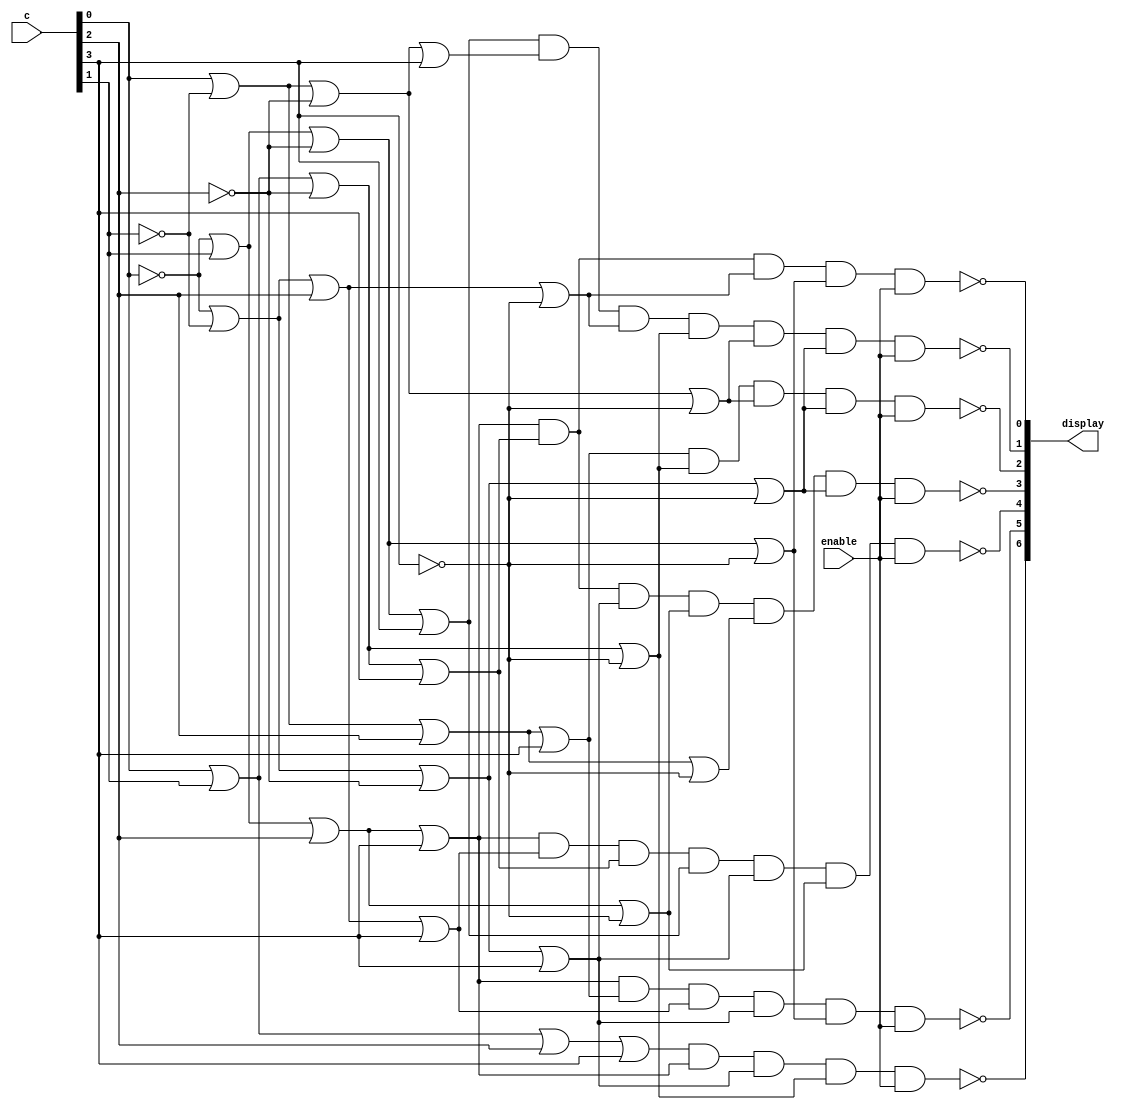
module hex_decoder(c, enable, display);
    input [3:0] c;
	 input enable;
    output [6:0] display;

    assign display[0] = ~( 
          (~c[0] |  c[1] |  c[2] |  c[3])
	& ( c[0] |  c[1] | ~c[2] |  c[3])
	& (~c[0] | ~c[1] |  c[2] | ~c[3])
	& (~c[0] |  c[1] | ~c[2] | ~c[3])
         & enable);

    assign display[1] = ~(
          (~c[0] |  c[1] | ~c[2] |  c[3])
	& ( c[0] | ~c[1] | ~c[2] |  c[3])
	& (~c[0] | ~c[1] |  c[2] | ~c[3])
	& ( c[0] |  c[1] | ~c[2] | ~c[3])
	& ( c[0] | ~c[1] | ~c[2] | ~c[3])
	& (~c[0] | ~c[1] | ~c[2] | ~c[3])
        & enable);

    assign display[2] = ~(
	  ( c[0] | ~c[1] |  c[2] |  c[3])
	& ( c[0] |  c[1] | ~c[2] | ~c[3])
	& ( c[0] | ~c[1] | ~c[2] | ~c[3])
	& (~c[0] | ~c[1] | ~c[2] | ~c[3])
        & enable);

    assign display[3] = ~(
	  (~c[0] |  c[1] |  c[2] |  c[3])
	& ( c[0] |  c[1] | ~c[2] |  c[3])
	& (~c[0] | ~c[1] | ~c[2] |  c[3])
	& (~c[0] |  c[1] |  c[2] | ~c[3])
	& ( c[0] | ~c[1] |  c[2] | ~c[3])
	& (~c[0] | ~c[1] | ~c[2] | ~c[3])
        & enable);

    assign display[4] = ~(
	  (~c[0] |  c[1] |  c[2] |  c[3])
	& (~c[0] | ~c[1] |  c[2] |  c[3])
	& ( c[0] |  c[1] | ~c[2] |  c[3])
	& (~c[0] |  c[1] | ~c[2] |  c[3])
	& (~c[0] | ~c[1] | ~c[2] |  c[3])
	& (~c[0] |  c[1] |  c[2] | ~c[3])
        & enable);

    assign display[5] = ~(
	  (~c[0] |  c[1] |  c[2] |  c[3])
	& ( c[0] | ~c[1] |  c[2] |  c[3])
	& (~c[0] | ~c[1] |  c[2] |  c[3])
	& (~c[0] | ~c[1] | ~c[2] |  c[3])
	& (~c[0] |  c[1] | ~c[2] | ~c[3])
        & enable);

    assign display[6] = ~(
	  ( c[0] |  c[1] |  c[2] |  c[3])
	& (~c[0] |  c[1] |  c[2] |  c[3])
	& (~c[0] | ~c[1] | ~c[2] |  c[3])
	& ( c[0] |  c[1] | ~c[2] | ~c[3])
        & enable);
endmodule